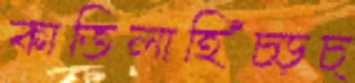
কাতিলাহিঁচ্‌ড়চ্